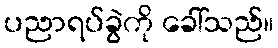
ပညာရပ်ခွဲကို ခေါ်သည်။